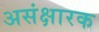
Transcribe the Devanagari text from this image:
असंक्षारक